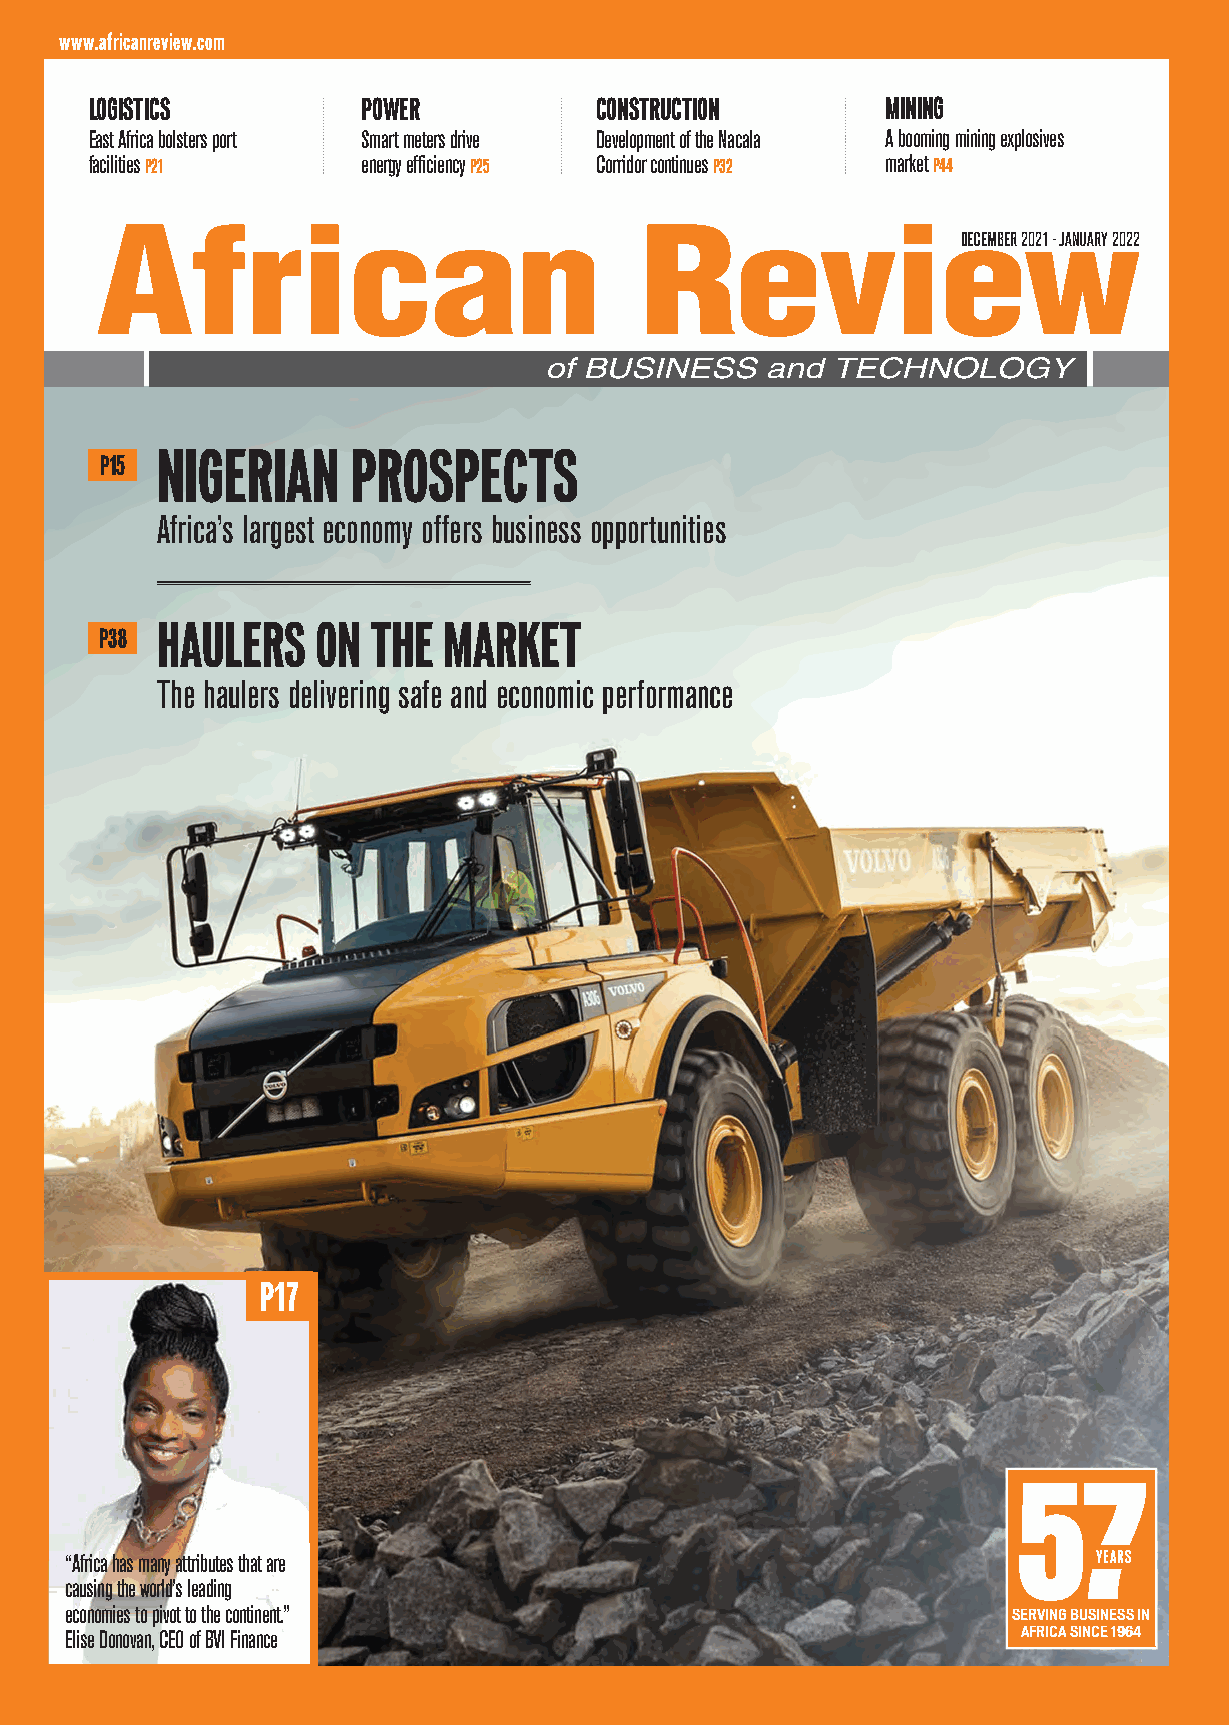
ATR Dec 2021- Jan 2021 Cover_Layout 1 10/12/2021 04:57 Page 1
 www.africanreview.com
 LOGISTICS         POWER          CONSTRUCTION       MINING
 East Africa bolsters port Smart meters drive Development of the Nacala A booming mining explosives
 facilities        energy efficiency Corridor continues market
 P21                   P25             P32            P44
 DECEMBER 2021 - JANUARY 2022
 NIGERIAN     PROSPECTS
 P15
 Africa’s largest economy offers business opportunities
 HAULERS    ON THE  MARKET
 P38
 The haulers delivering safe and economic performance
 P17
 57
 “Africa has many attributes that are                                YEARS
 causing the world’s leading
 economies to pivot to the continent.”
 SERVING BUSINESS IN
 Elise Donovan, CEO of BVI Finance                              AFRICA SINCE 1964
 African
 Review
 of
 Business
 and
 Technology
 December
 2021
 - January
 2022
 Volume
 57
 Number
 11
 www.africanreview.com